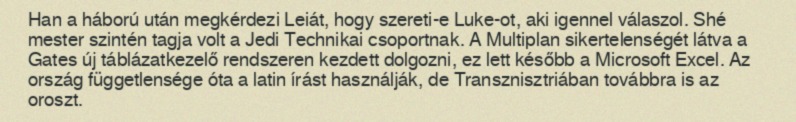
Han a háború után megkérdezi Leiát, hogy szereti-e Luke-ot, aki igennel válaszol. Shé mester szintén tagja volt a Jedi Technikai csoportnak. A Multiplan sikertelenségét látva a Gates új táblázatkezelő rendszeren kezdett dolgozni, ez lett később a Microsoft Excel. Az ország függetlensége óta a latin írást használják, de Transznisztriában továbbra is az oroszt.